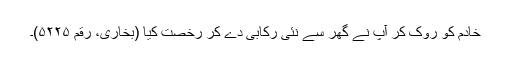
خادم کو روک کر آپ نے گھر سے نئی رکابی دے کر رخصت کیا (بخاری، رقم ۵۲۲۵)۔